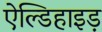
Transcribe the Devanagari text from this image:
ऐल्डिहाइड़